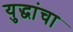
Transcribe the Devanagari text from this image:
युद्धांचा